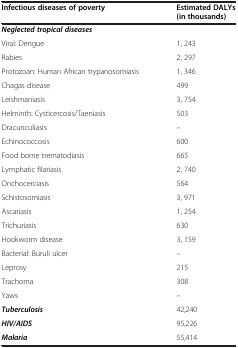
<table><thead><tr><td><b>Infectious diseases of poverty</b></td><td><b>Estimated DALYs (in thousands)</b></td></tr></thead><tbody><tr><td colspan="2"><b><i>Neglected tropical diseases</i></b></td></tr><tr><td>Viral: Dengue</td><td>1, 243</td></tr><tr><td>Rabies</td><td>2, 297</td></tr><tr><td>Protozoan: Human African trypanosomiasis</td><td>1, 346</td></tr><tr><td>Chagas disease</td><td>499</td></tr><tr><td>Leishmaniasis</td><td>3, 754</td></tr><tr><td>Helminth: Cysticercosis/Taeniasis</td><td>503</td></tr><tr><td>Dracunculiasis</td><td>–</td></tr><tr><td>Echinococcosis</td><td>600</td></tr><tr><td>Food borne trematodiasis</td><td>665</td></tr><tr><td>Lymphatic filariasis</td><td>2, 740</td></tr><tr><td>Onchocerciasis</td><td>564</td></tr><tr><td>Schistosomiasis</td><td>3, 971</td></tr><tr><td>Ascariasis</td><td>1, 254</td></tr><tr><td>Trichuriasis</td><td>630</td></tr><tr><td>Hookworm disease</td><td>3, 159</td></tr><tr><td>Bacterial: Buruli ulcer</td><td>–</td></tr><tr><td>Leprosy</td><td>215</td></tr><tr><td>Trachoma</td><td>308</td></tr><tr><td>Yaws</td><td>–</td></tr><tr><td><b><i>Tuberculosis</i></b></td><td>42,240</td></tr><tr><td><b><i>HIV/AIDS</i></b></td><td>95,226</td></tr><tr><td><b><i>Malaria</i></b></td><td>55,414</td></tr></tbody></table>